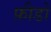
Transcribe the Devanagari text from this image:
फ़ीडो